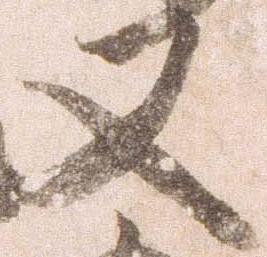
又